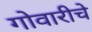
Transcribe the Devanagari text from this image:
गोवारीचे